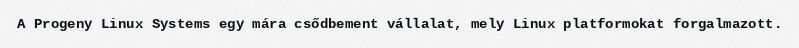
A Progeny Linux Systems egy mára csődbement vállalat, mely Linux platformokat forgalmazott.